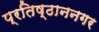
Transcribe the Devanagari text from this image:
प्रतिष्ठाननगर